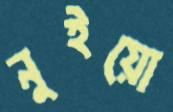
নুইয়ো